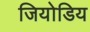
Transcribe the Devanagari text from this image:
जियोडिय